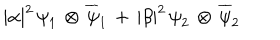
LaTeX: | { \alpha } | ^ { 2 } \, { \psi } _ { 1 } \, \otimes \, { \overline { { { \psi } } } _ { 1 } } \, + \, | { \beta } | ^ { 2 } \, { \psi } _ { 2 } \, \otimes \, { \overline { { { \psi } } } _ { 2 } }